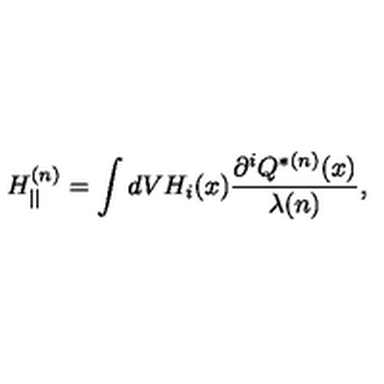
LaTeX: H _ { | | } ^ { ( n ) } = \int d V H _ { i } ( x ) \frac { { \partial } ^ { i } Q ^ { * ( n ) } ( x ) } { \lambda ( n ) } ,